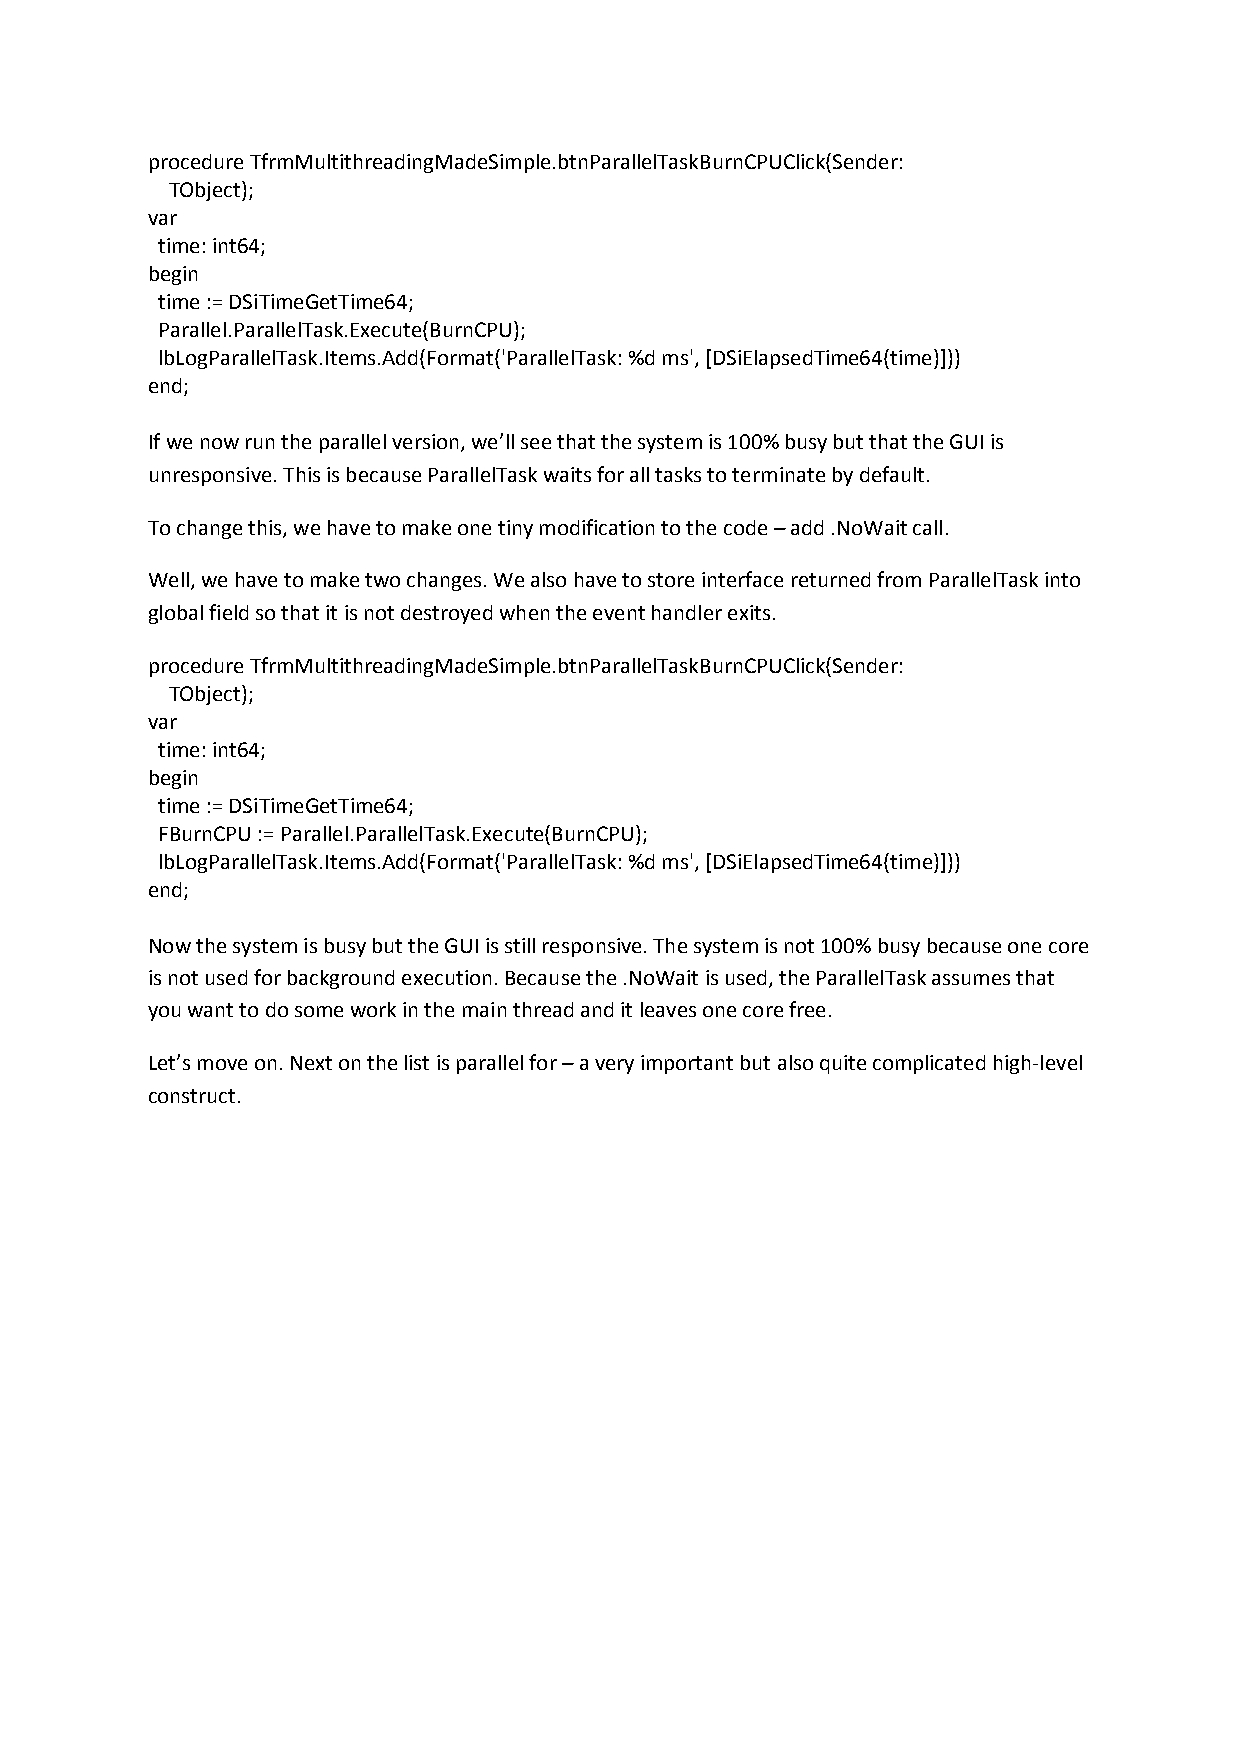
procedure TfrmMultithreadingMadeSimple.btnParallelTaskBurnCPUClick(Sender:
 TObject);
 var
 time: int64;
 begin
 time := DSiTimeGetTime64;
 Parallel.ParallelTask.Execute(BurnCPU);
 lbLogParallelTask.Items.Add(Format('ParallelTask: %d ms', [DSiElapsedTime64(time)]))
 end;
 If we now run the parallel version, we’ll see that the system is 100% busy but that the GUI is
 unresponsive. This is because ParallelTask waits for all tasks to terminate by default.
 To change this, we have to make one tiny modification to the code – add .NoWait call.
 Well, we have to make two changes. We also have to store interface returned from ParallelTask into
 global field so that it is not destroyed when the event handler exits.
 procedure TfrmMultithreadingMadeSimple.btnParallelTaskBurnCPUClick(Sender:
 TObject);
 var
 time: int64;
 begin
 time := DSiTimeGetTime64;
 FBurnCPU := Parallel.ParallelTask.Execute(BurnCPU);
 lbLogParallelTask.Items.Add(Format('ParallelTask: %d ms', [DSiElapsedTime64(time)]))
 end;
 Now the system is busy but the GUI is still responsive. The system is not 100% busy because one core
 is not used for background execution. Because the .NoWait is used, the ParallelTask assumes that
 you want to do some work in the main thread and it leaves one core free.
 Let’s move on. Next on the list is parallel for – a very important but also quite complicated high-level
 construct.